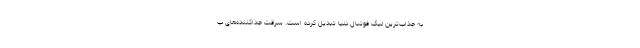
به جذاب‌ترین لیگ فوتبال دنیا تبدیل کرده است. سرقت‌ جداکننده‌های پ